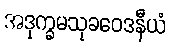
အဒုက္ခမသုခဝေဒနီယံ